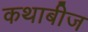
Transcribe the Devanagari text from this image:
कथाबीज